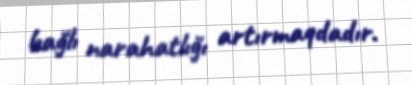
bağlı narahatlığı artırmaqdadır.